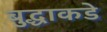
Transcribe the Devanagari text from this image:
बुद्धाकडे